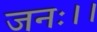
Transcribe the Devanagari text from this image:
जनः।।